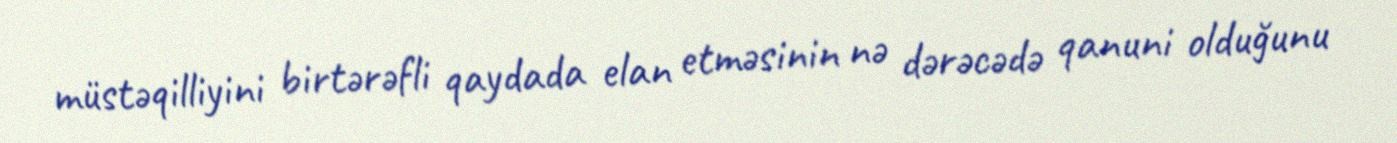
müstəqilliyini birtərəfli qaydada elan etməsinin nə dərəcədə qanuni olduğunu